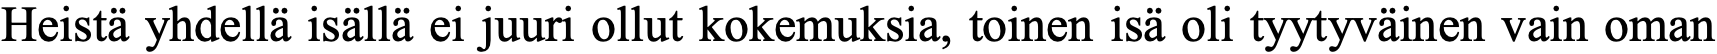
Heistä yhdellä isällä ei juuri ollut kokemuksia, toinen isä oli tyytyväinen vain oman